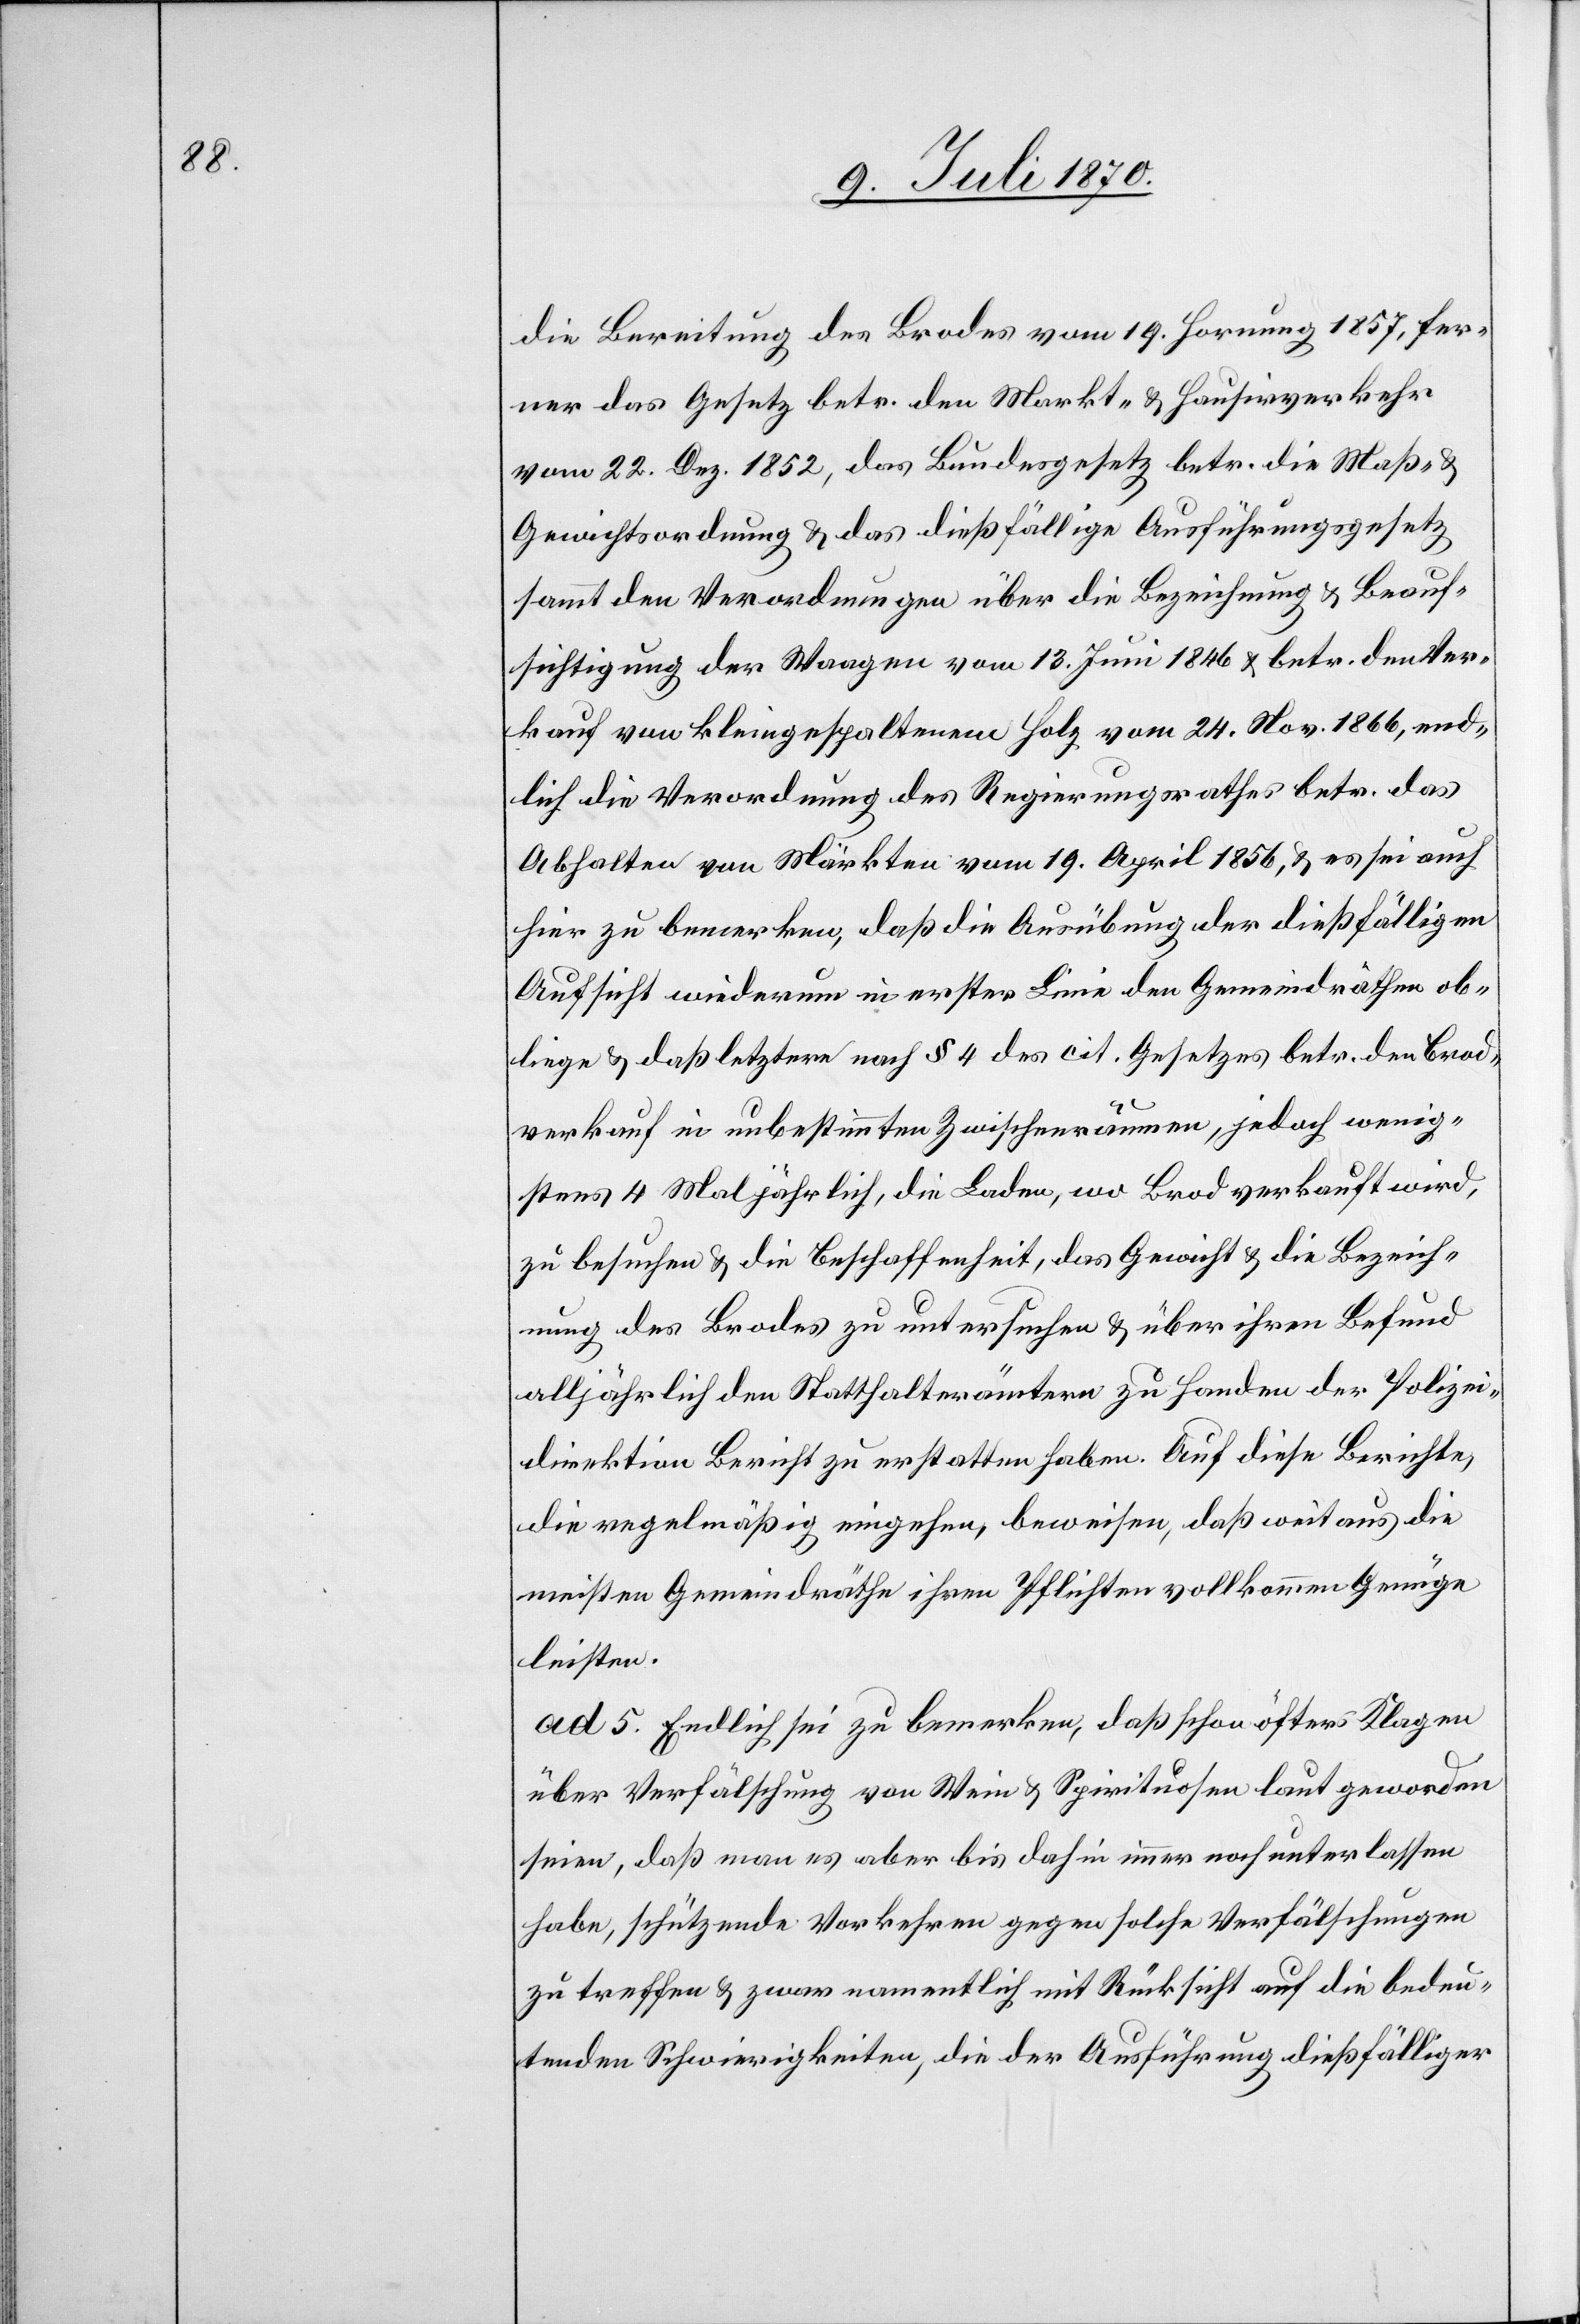
die Bereitung des Brodes vom 19. Hornung 1857, fer¬
ner das Gesetz betr. den Markt- & Hausirverkehr
vom 22. Dez. 1852, das Bundesgesetz betr. die Maß-
Gewichtsordnung & das dießfällige Ausführungsgesetz
sammt den Verordnungen über die Bezeichnung & Beauf¬
sichtigung der Waagen vom 13. Juni 1846 & betr. den Ver¬
kauf von kleingespaltenem Holz vom 24. Nov. 1866, end¬
lich die Verordnung des Regierungsrathes betr. das
Abhalten von Märkten vom 19. April 1856, & es sei auch
hier zu bemerken, daß die Ausübung der dießfälligen
Aufsicht wiederum in erster Linie den Gemeindräthen ob¬
liege & daß letztere nach § 4 des cit. Gesetzes betr. den Brod¬
verkauf in unbestimmten Zwischenräumen, jedoch wenig¬
stens 4 Mal jährlich, die Laden, wo Brod verkauft wird,
zu besuchen & die Beschaffenheit, das Gewicht & die Bezeich¬
nung des Brodes zu untersuchen & über ihren Befund
alljährlich den Statthalterämtern zu Handen der Polizei¬
direktion Bericht zu erstatten haben. Auf [sic!] diese Berichte,
die regelmäßig eingehen, beweisen, daß weitaus die
meisten Gemeindräthe ihren Pflichten vollkommen Genüge
leisten.
ad 5. Endlich sei zu bemerken, daß schon öfter Klagen
über Verfälschung von Wein & Spirituosen laut geworden
seien, daß man es aber bis dahin immer noch unterlassen
habe, schützende Vorkehren gegen solche Verfälschungen
zu treffen & zwar namentlich mit Rücksicht auf die bedeu¬
tenden Schwierigkeiten, die der Ausführung dießfälliger